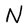
Character: N